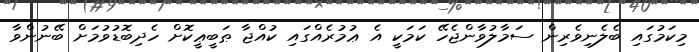
މިކަމުގައި ބެލެނިވެރިން ސަމާލުވާންޖެހޭ ކަމަކީ އެ ޢުމުރެއްގައި ކުއްޖާ ޠަބީޢީކޮށް ހެދިބޮޑުވުމަށް ބޭނުންވާ